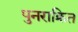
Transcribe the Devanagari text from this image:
पुनराक्रित